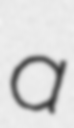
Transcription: a